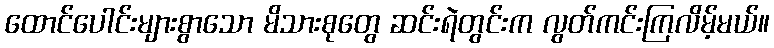
ထောင်ပေါင်းများစွာသော မိသားစုတွေ ဆင်းရဲတွင်းက လွတ်ကင်းကြလိမ့်မယ်။